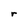
Character: r